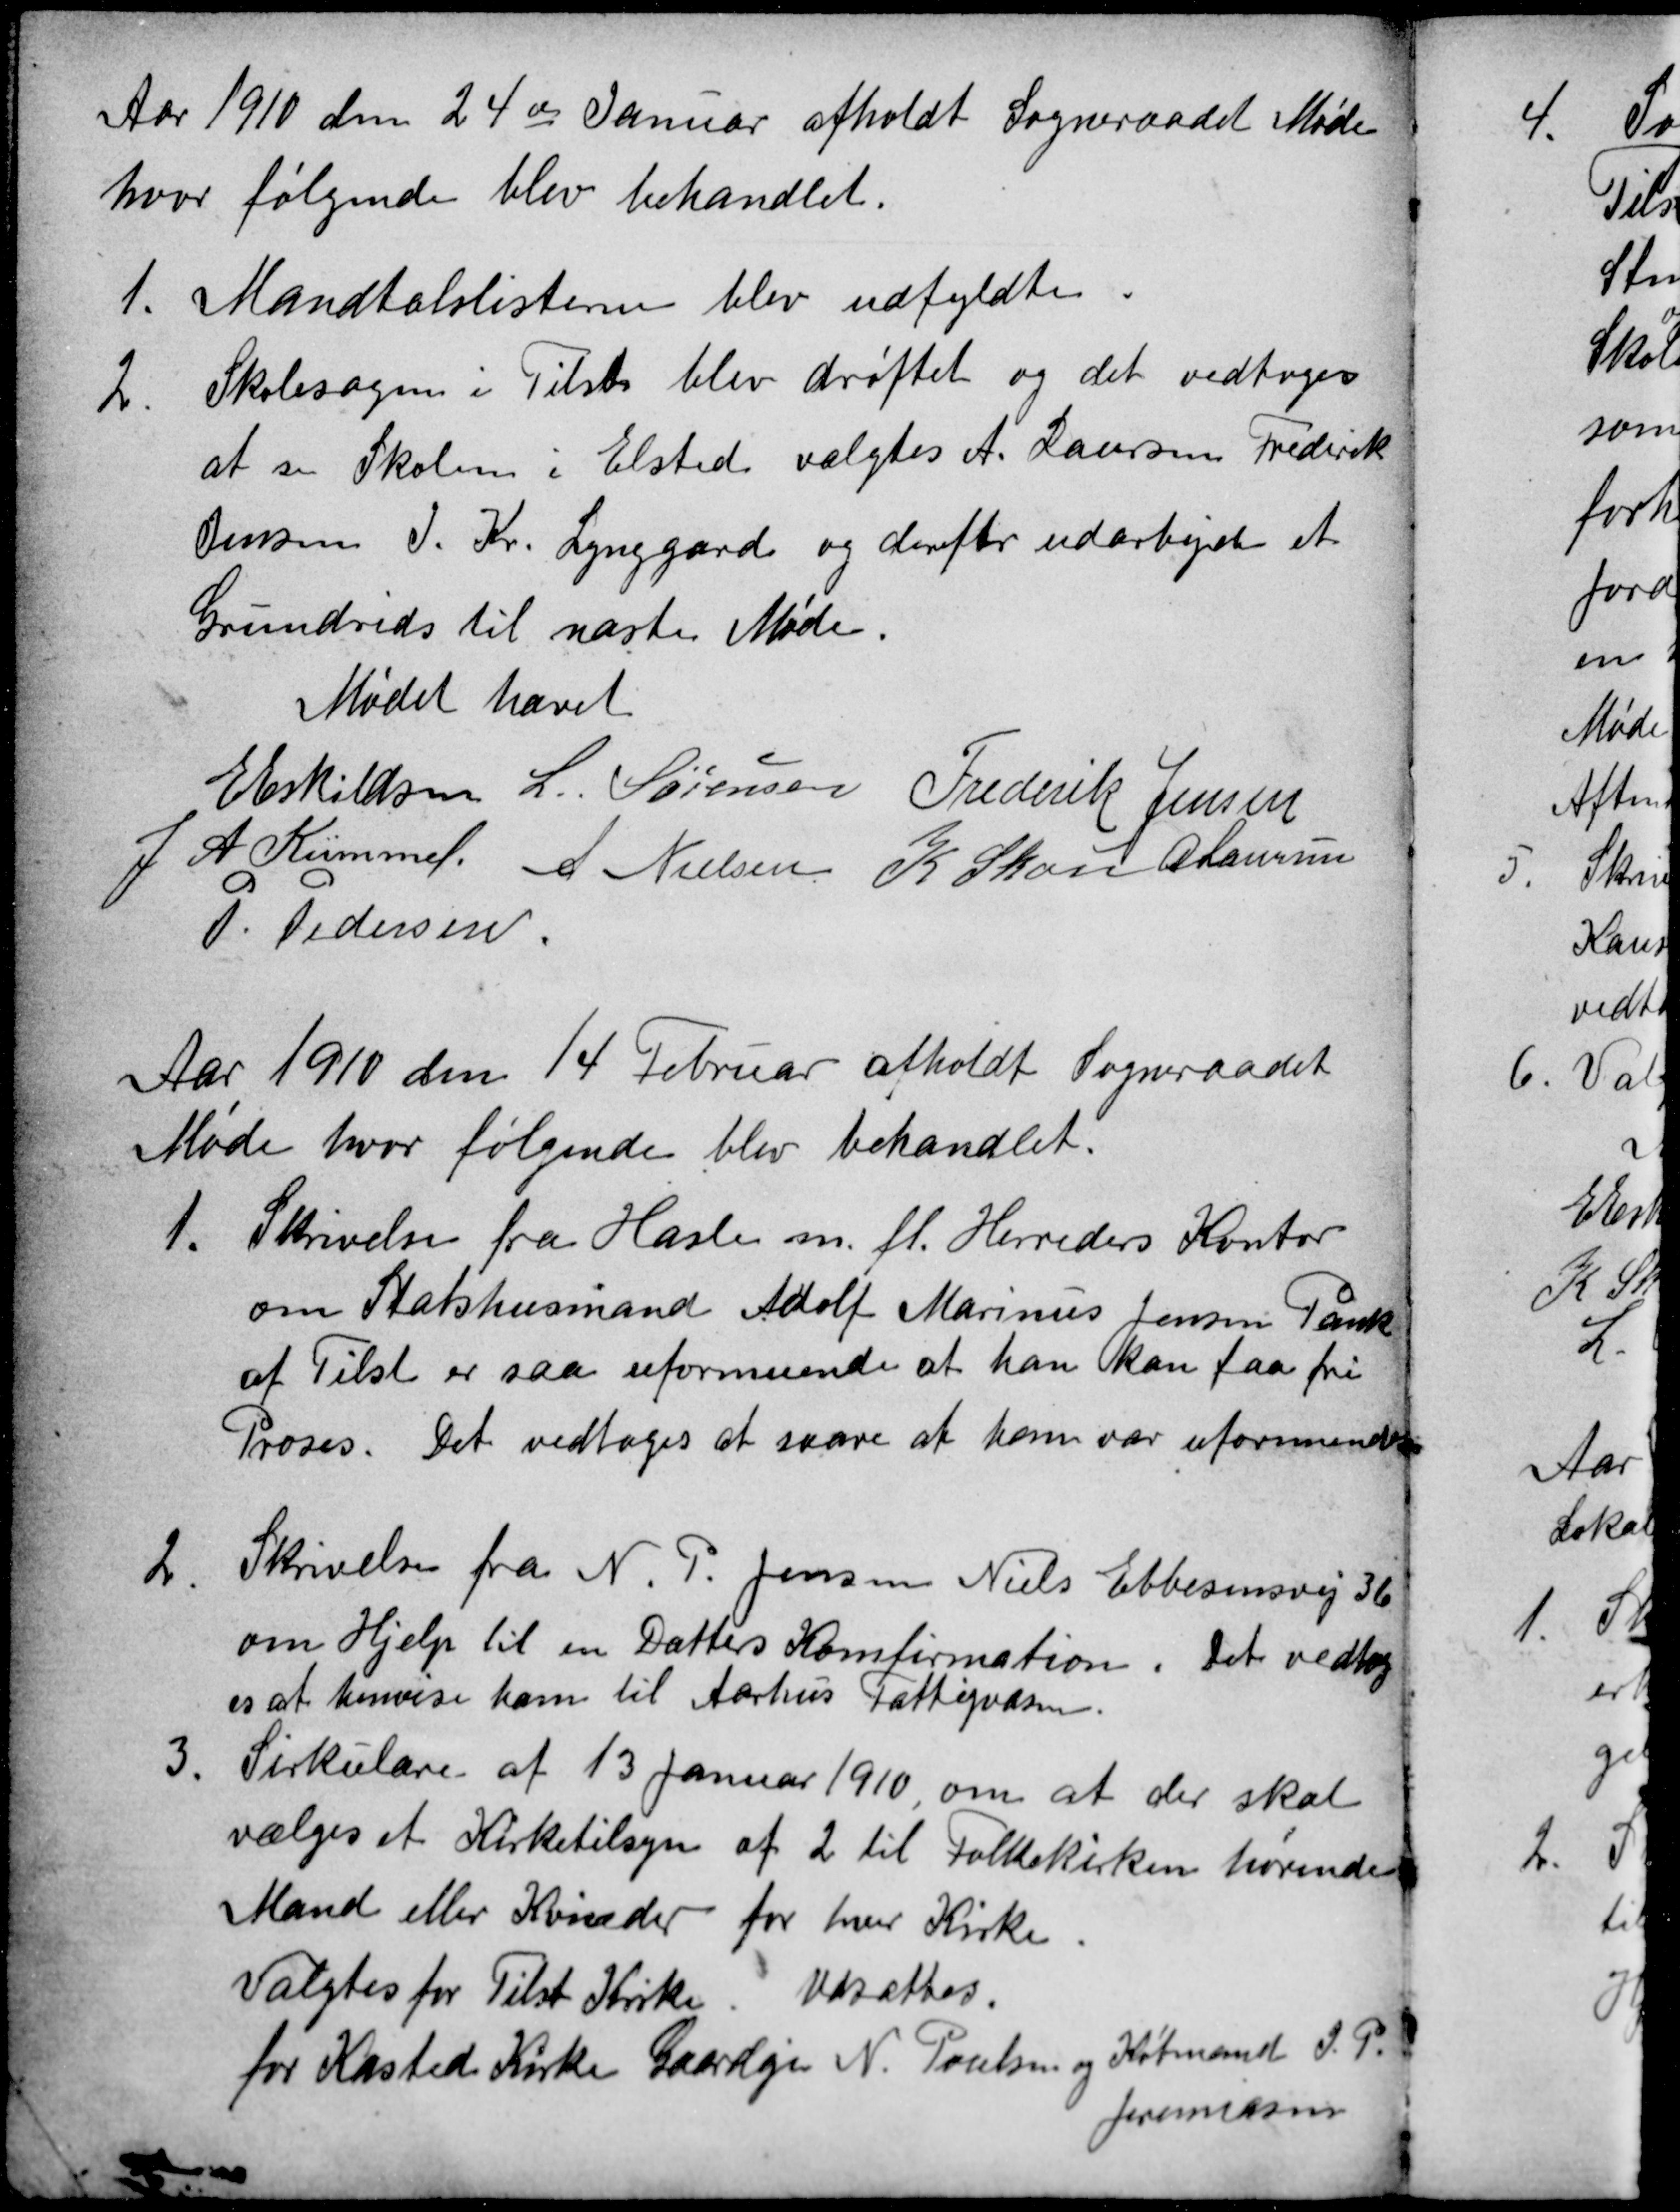
Transskription:
Aar 1910 den 24de Januar afholdt Sogneraadet Møde
hvor følgende blev behandlet.
1.
Mandtalslisterne blev udfyldte
2
Skolesagen i Tilst blev drøftet og det vedtoges
at se Skolen i Elsted valgtes A. Laursen Frederik
Jensen J. Kr. Lynggård og derefter udarbejde et 
Grundrids til næste Møde.
Mødet hævet
E Eskildsen L. Sørensen Frederik Jensen
J A Kümmel. A Nielsen K Skou A Laursen
P. Pedersen
Aar 1910 den 14 Februar afholdt Sogneraadet
Møde hvor følgende blev behandlet.
1.
Skrivelse fra Hasle m. fl. Herreders Kontor
om Statshusmand Adolf Marinus Jensen Pank
af Tilst er saa uformuende at han kan faa fri
Proses. Det vedtoges at svare at han var uformuende.
2.
Skrivelse fra N. P. Jensen Niels Ebbesensvej 36
om Hjelp til en Datters Konfirmation. Det vedtog
es at henvise ham til Aarhus Fattigvæsen.
3.
Sirkulære af 13 Januar 1910, om at der skal
vælges et Kirketilsyn af 2 til Folkekirken hørende
Mænd eller Kvinder for hver Kirke
Valgtes for Tilst Kirke. Udsættes.
for Kasted Kirke Gaardejer N. Poulsen og Købmand J. P.
Jeremiassen